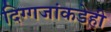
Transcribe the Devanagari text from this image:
दिग्गजांकडेही